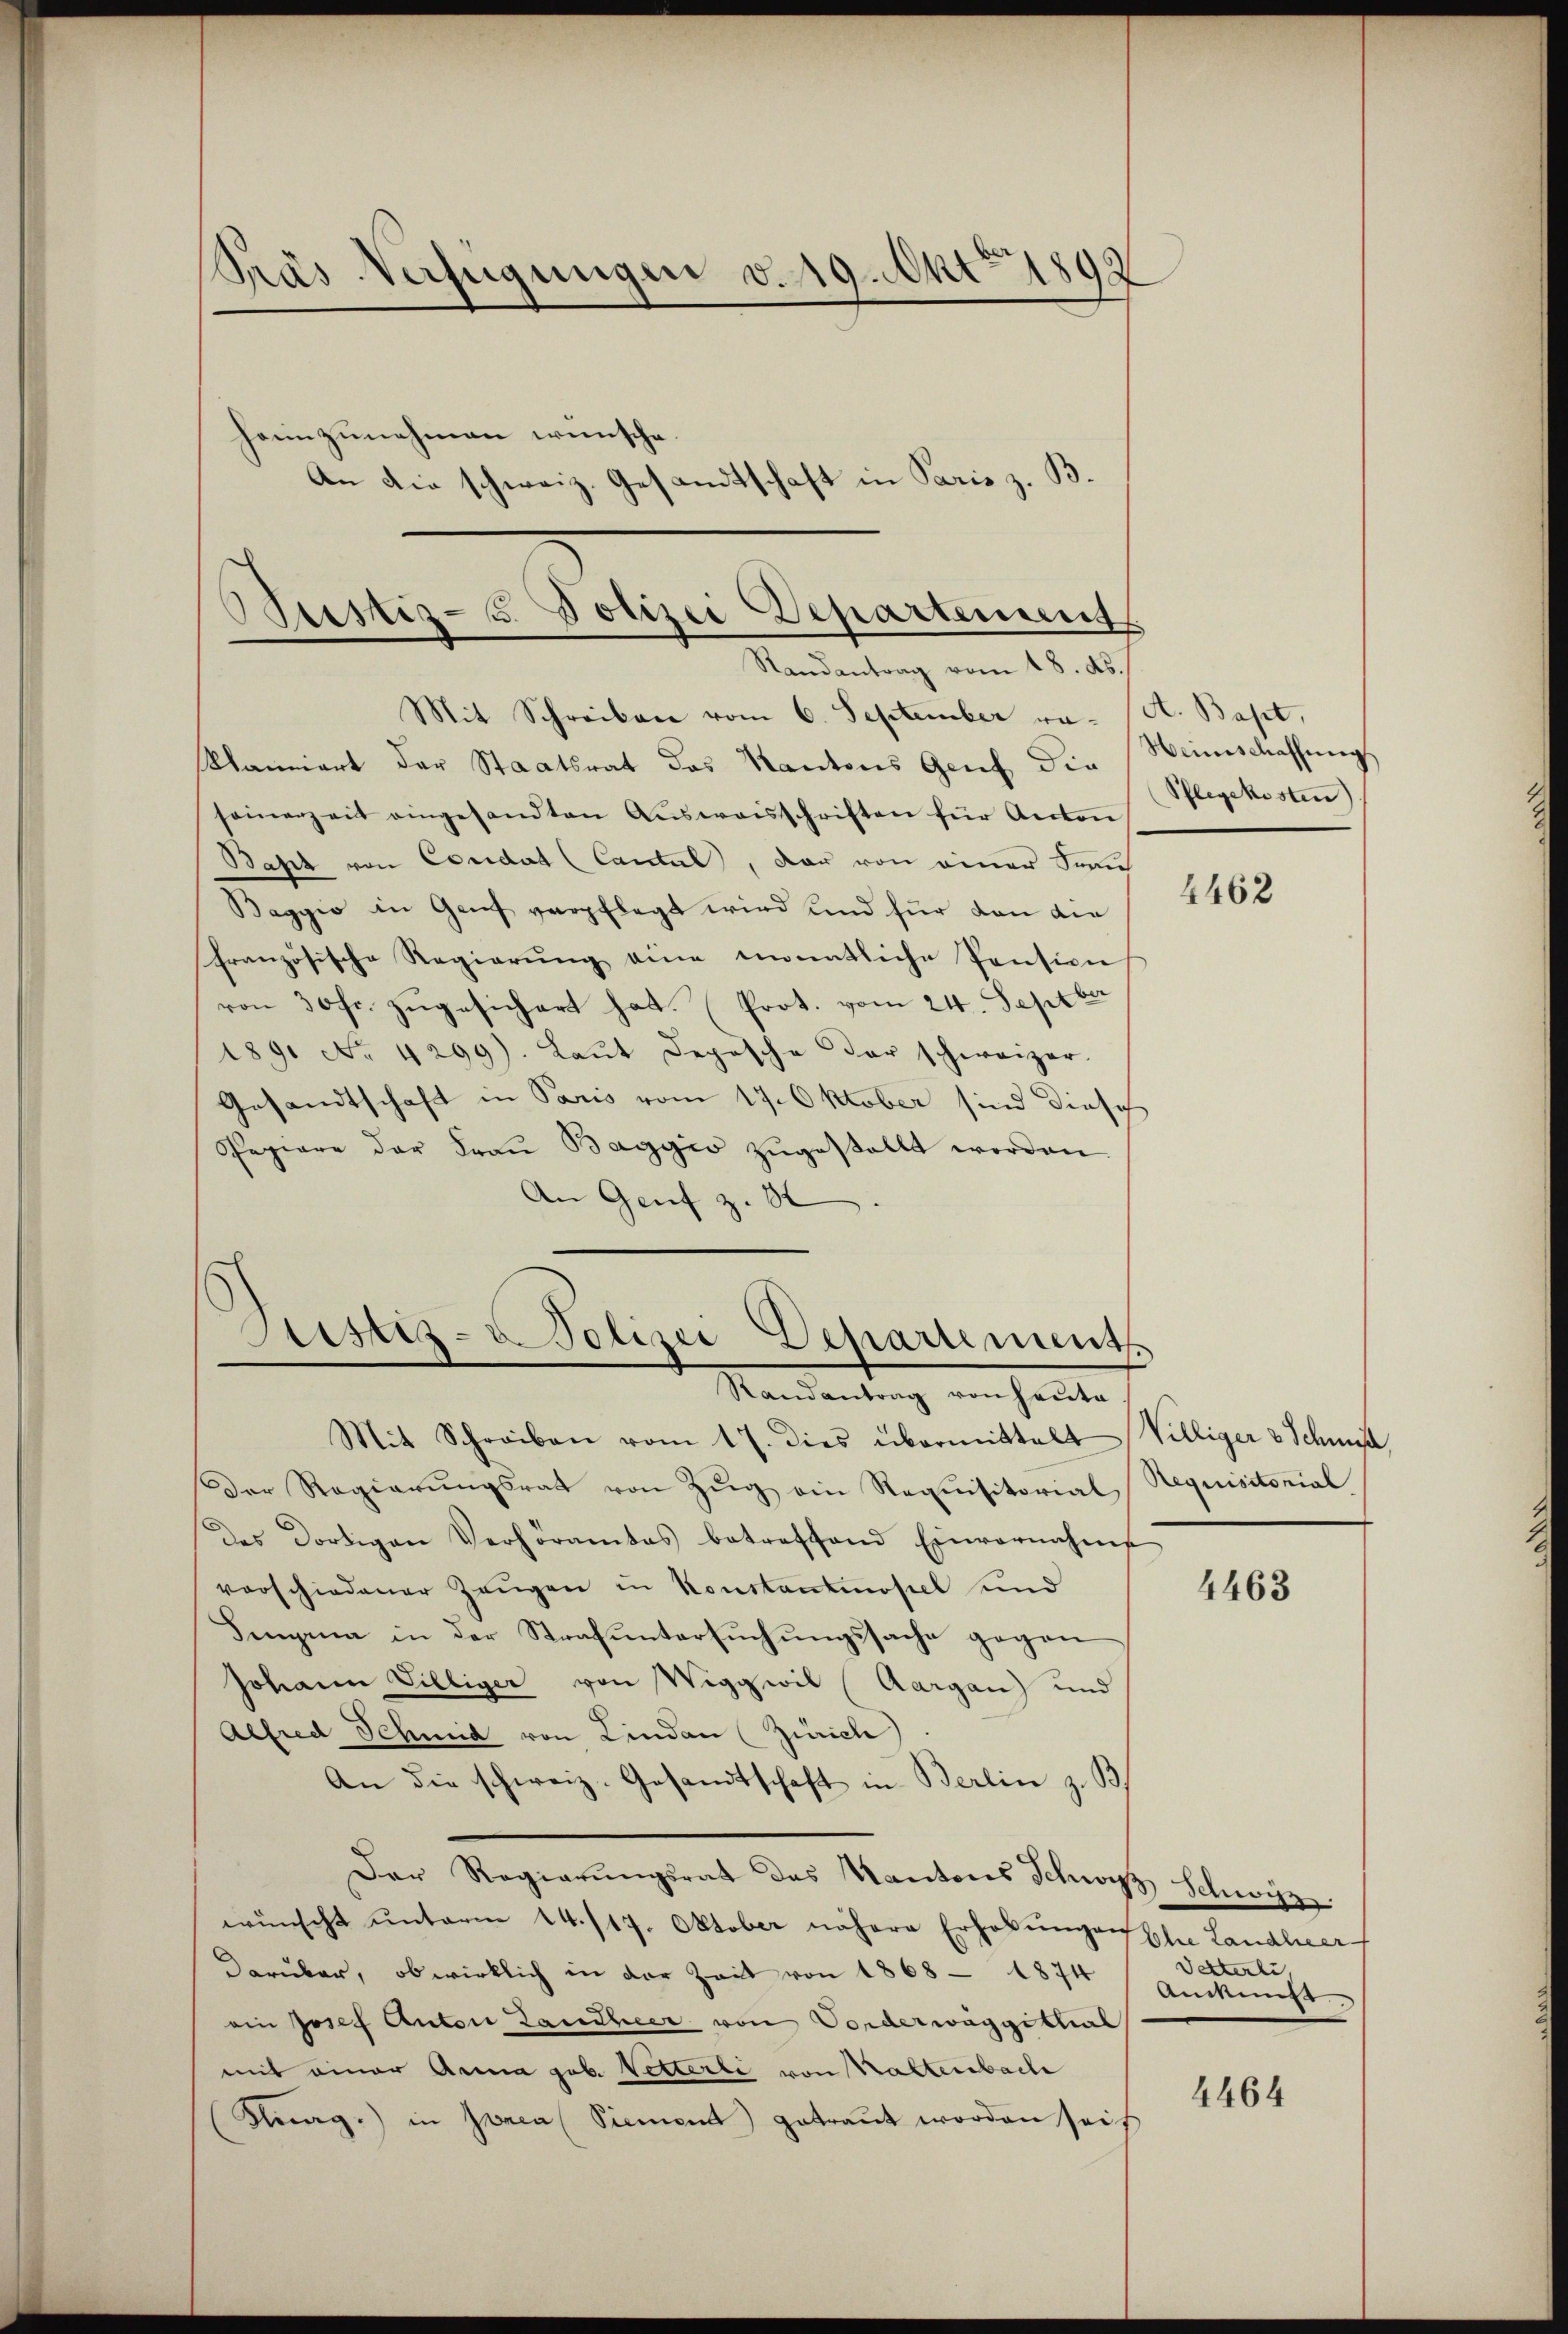
Pras Verfügungen v. 19. Ant. 1892
henzunehmen wünsche
An die schweiz. Gesandtschaft in Paris z. B.
Justiz- & Polizei Departement

Randantrag vom 18. ds.

Mit Schreiben vom 6. September va- (A. Bapt,
klamiert der Staatsrat das Kantons Genf die
samerzeit eingesandten Aŭsweisschriften für Anton
Baht von Condat (Contul, dar von einer Frau
Baggio in Genf verpflegt wird und für von die
französische Regierŭng eine immatliche Pension
von 30 fr. zŭgesichert hat. (Prot. vom 24. Septber
1891 No 4299). Laŭt Depesche der schweizer
Gesandtschaft in Paris vom 17. Oktober sind diesch
Papiere der Fraŭ Baggio zŭgestellt worden
An Genf z. St

Mit Schreiben vom 17. dies übermittelt Villiger & Schmid
Der Regierŭngsrat von Zŭg ein Requisitorial Requisitorial
des dortigen Verhöramtes betreffend Einvernahme
vorschiedener Zeŭgen in Konstantinopel und
Semina in der Strafuntersuchungssache gegen
Johann Villiger von Wiggwil (Aargau) und
Alfred Schmid von Lindau (Zürich
An die schweiz. Gesandtschaft in Berlin z. B
Der Regierŭngsrat des Kantons Schwyz Schwyz
wünscht ŭnterm 14./17. Oktober nähere Erhebŭngen Ehre Landler
Darüber, ob wirklich in der Zeit von 1868 - 1874
ein Josef Anton Laudheer von Vorderwäggithal
mit einer Anna gab. Vetterli von Kaltenbache
Kug.) in Jonca (Siement getraŭt worden seit

Justiz-Polizei-Departements
Randantrag von Hauta

Weinschaffŭng
Pflegekosten

4462

4463

Detterli,
Ankunft

4464